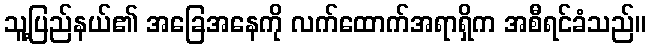
သူ့ပြည်နယ်၏ အခြေအနေကို လက်ထောက်အရာရှိက အစီရင်ခံသည်။